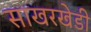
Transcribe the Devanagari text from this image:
साखरखेडी